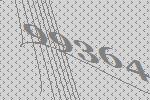
99364